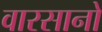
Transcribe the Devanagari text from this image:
वारसानो